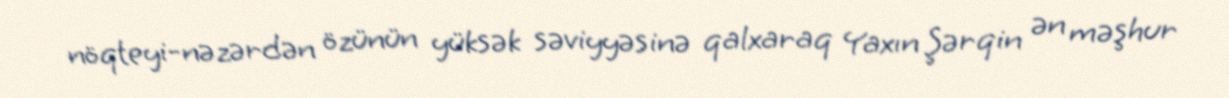
nöqteyi-nəzərdən özünün yüksək səviyyəsinə qalxaraq Yaxın Şərqin ən məşhur